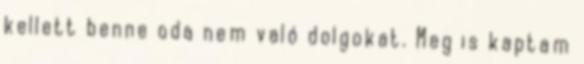
kellett benne oda nem való dolgokat. Meg is kaptam